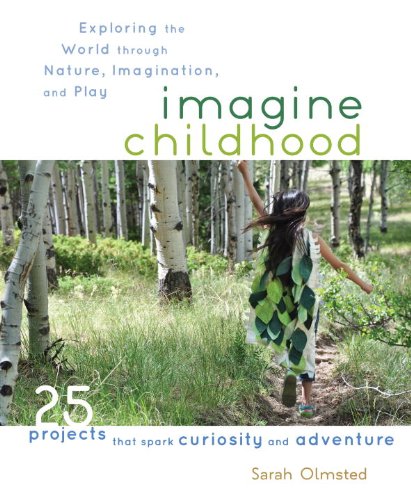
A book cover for Imagine Childhood: Exploring the World through Nature, Imagination, and Play - 25 Projects that spark curiosity and adventure; Sarah Olmsted; Crafts, Hobbies & Home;